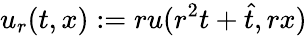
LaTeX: u_{r}(t,x):=ru(r^{2}t+\hat{t},rx)